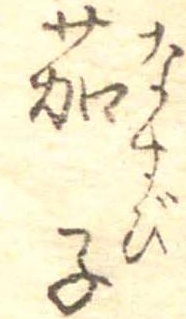
茄子